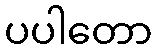
ပပါတော